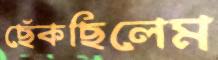
ছেঁকছিলেম